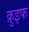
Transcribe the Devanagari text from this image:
क्रुइफ